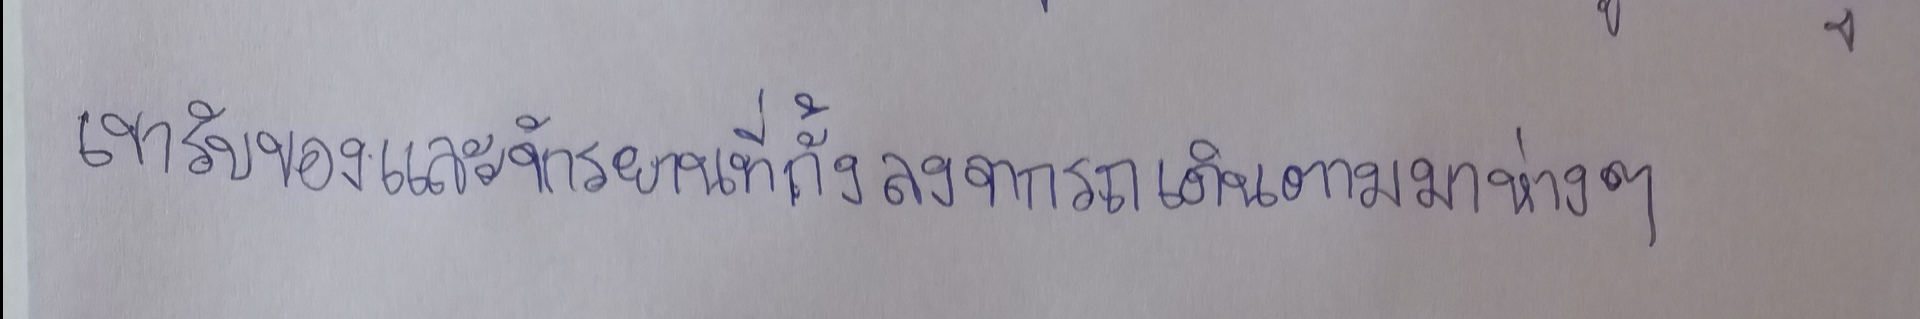
เขารับของและจักรยานที่กั้งลงจากรถเดินตามมาห่างๆ